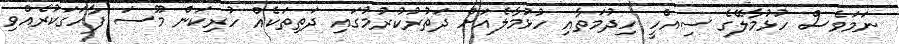
ނަމަވެސް ހުޅުމާލޭގެ ސިއްހީ ހިދުމަތާއި ހުޅުމާލެއަށް ދަތުުރުކުރުމުގައި ދަތިތަކެއް ހުރިކަން މޫސަ ފާހަގަކުރެއްވި